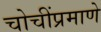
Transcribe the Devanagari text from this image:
चोचींप्रमाणे